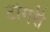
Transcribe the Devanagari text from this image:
टोगरी